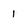
Character: 1